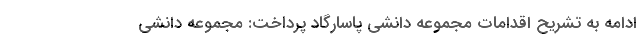
ادامه به تشریح اقدامات مجموعه دانشی پاسارگاد پرداخت: مجموعه دانشی